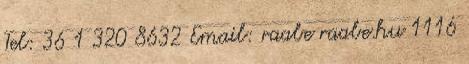
Tel: 36 1 320 8632 Email: raabe raabe.hu 1116